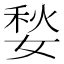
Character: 媝